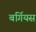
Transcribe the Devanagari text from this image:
बर्गियस